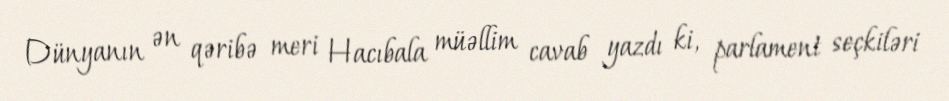
Dünyanın ən qəribə meri Hacıbala müəllim cavab yazdı ki, parlament seçkiləri